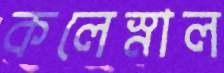
কলেস্নাল